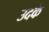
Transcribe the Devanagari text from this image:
उदके